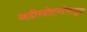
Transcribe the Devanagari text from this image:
नदीखोर्‍यांपासून